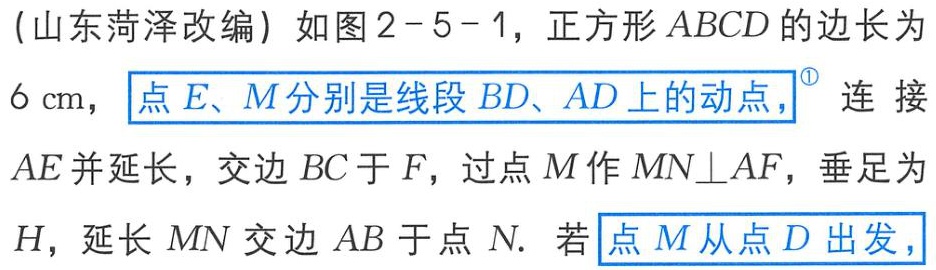
(山东菏泽改编) 如图2 - 5 - 1，正方形 \(ABCD\) 的边长为 \(6\mathrm{cm}\)，点 \(E、M\) 分别是线段 \(BD、AD\) 上的动点，连接 \(AE\) 并延长，交边 \(BC\) 于 \(F\)，过点 \(M\) 作 \(MN\perp AF\)，垂足为 \(H\)，延长 \(MN\) 交边 \(AB\) 于点 \(N\). 若点 \(M\) 从点 \(D\) 出发，